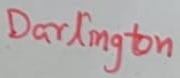
Text: Darlington